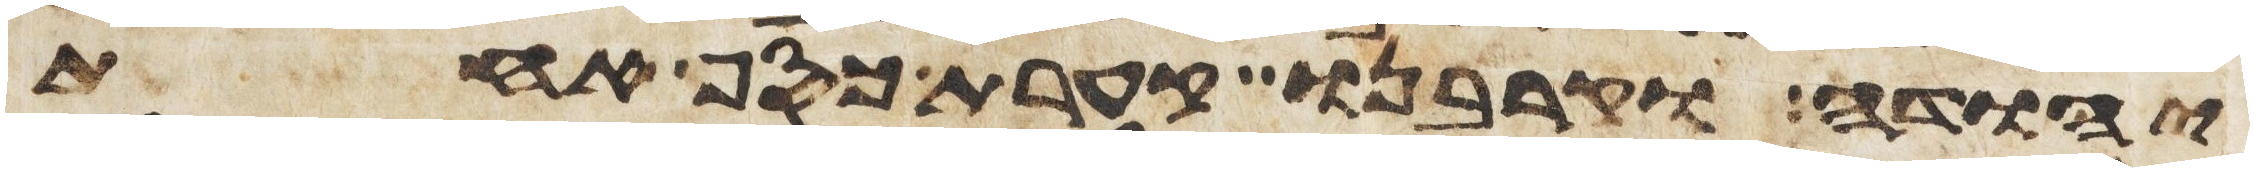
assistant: יהודה וקרבנו קערת כסף אחת